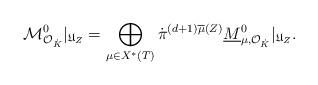
LaTeX: \begin{align*}{\mathcal M}^0_{{\mathcal O}_{\dot{K}}}|_{\mathfrak{U}_{Z}}=\bigoplus_{\mu\in X^{*}(T)}\dot{\pi}^{(d+1)\overline{\mu}(Z)}\underline{M}^0_{\mu,{\mathcal{O}}_{\dot{K}}}|_{\mathfrak{U}_{Z}}.\end{align*}